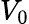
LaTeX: V_{0}